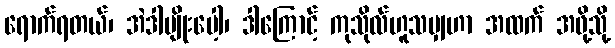
ရောက်ရတယ်၊ အဲဒါမျိုးပေါ့၊ ဒါကြောင့် ကုသိုလ်ဟူသမျှဟာ အထက် အဖို့သို့